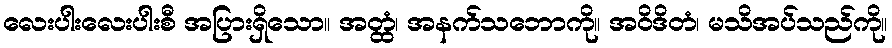
လေးပါးလေးပါးစီ အပြားရှိသော။ အတ္ထံ၊ အနက်သဘောကို။ အဝိဒိတံ၊ မသိအပ်သည်ကို။